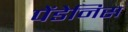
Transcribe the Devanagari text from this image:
पेंडेनिस